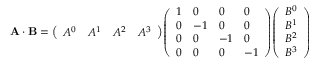
\mathbf { A \cdot B } = { \left( \begin{array} { l l l l } { A ^ { 0 } } & { A ^ { 1 } } & { A ^ { 2 } } & { A ^ { 3 } } \end{array} \right) } { \left( \begin{array} { l l l l } { 1 } & { 0 } & { 0 } & { 0 } \\ { 0 } & { - 1 } & { 0 } & { 0 } \\ { 0 } & { 0 } & { - 1 } & { 0 } \\ { 0 } & { 0 } & { 0 } & { - 1 } \end{array} \right) } { \left( \begin{array} { l } { B ^ { 0 } } \\ { B ^ { 1 } } \\ { B ^ { 2 } } \\ { B ^ { 3 } } \end{array} \right) }